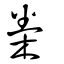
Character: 桊